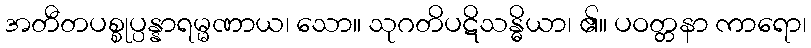
အတီတပစ္စုပ္ပန္နာရမ္မဏာယ၊ သော။ သုဂတိပဋိသန္ဓိယာ၊ ၏။ ပဝတ္တနာ ကာရော၊